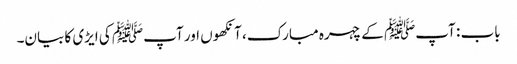
باب : آپﷺ کے چہرہ مبارک، آنکھوں اور آپﷺ کی ایڑی کا بیان۔